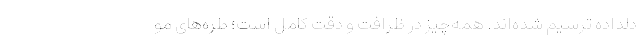
دلداده ترسیم شده‌اند. همه‌چیز در ظرافت و دقت کامل است؛ طره‌های مو